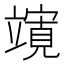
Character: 𮄼